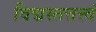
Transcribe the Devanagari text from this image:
विद्मस्तत्तत्त्वं